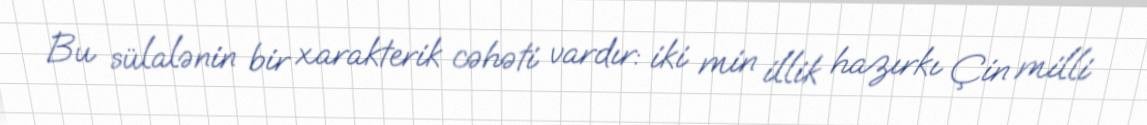
Bu sülalənin bir xarakterik cəhəti vardır: iki min illik hazırkı Çin milli